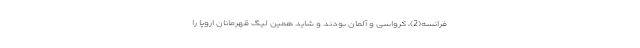
فرانسه(2)، کرواسی و آلمان بودند و شاید همین لیگ قهرمانان اروپا را